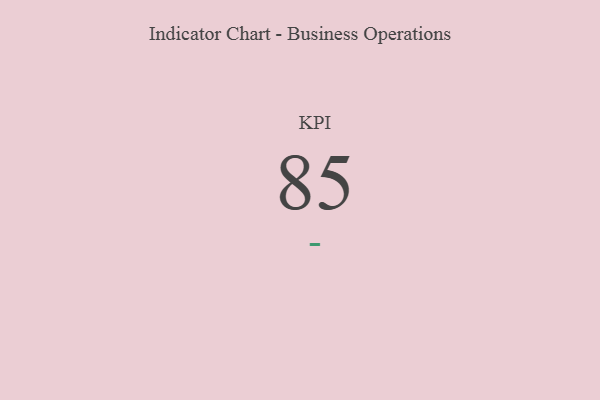
{"axis": {"x": "KPI", "y": "Value"}, "legend": [""], "data": [{"x": "KPI", "y": 85, "type": ""}]}